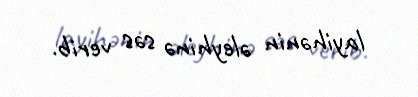
layihənin əleyhinə səs verib.